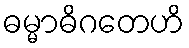
ဓမ္မာဓိဂတေဟိ